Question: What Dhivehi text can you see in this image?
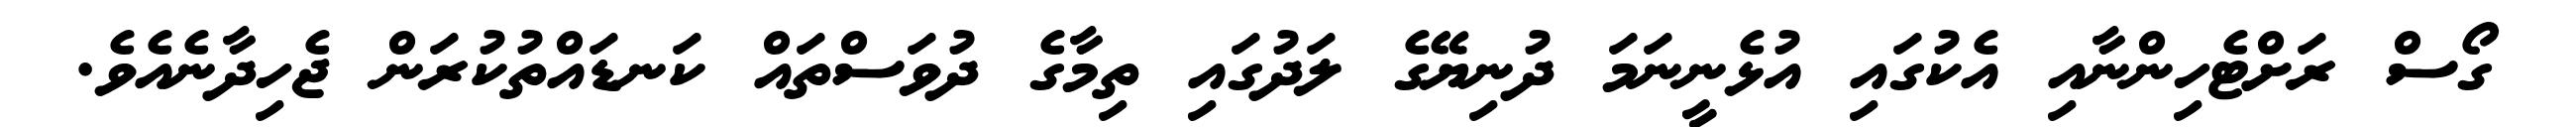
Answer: ގޯސް ރަށްޓެހިންނާއި އެކުގައި އުޅެނީނަމަ ދުނިޔޭގެ ލަދުގައި ތިމާގެ ދުވަސްތައް ކަނޑައްތުކުރަން ޖެހިދާނެއެވެ.